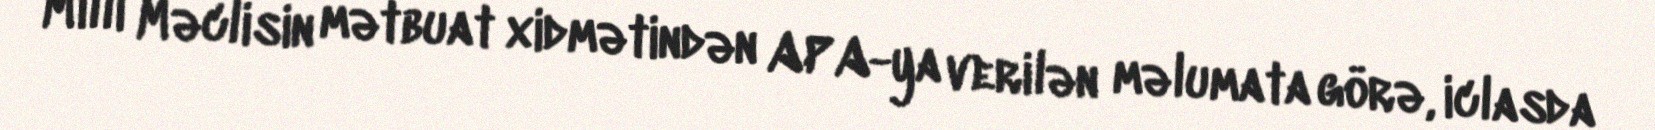
Milli Məclisin mətbuat xidmətindən APA-ya verilən məlumata görə, iclasda